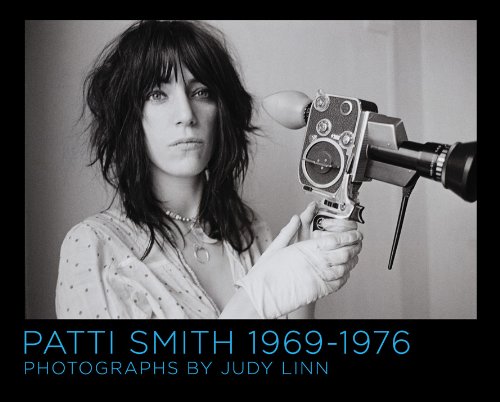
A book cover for Patti Smith 1969-1976; Judy Linn; Arts & Photography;